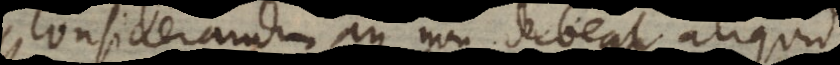
Considerandum an non debeat aliquid